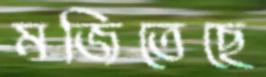
মজিতেছে